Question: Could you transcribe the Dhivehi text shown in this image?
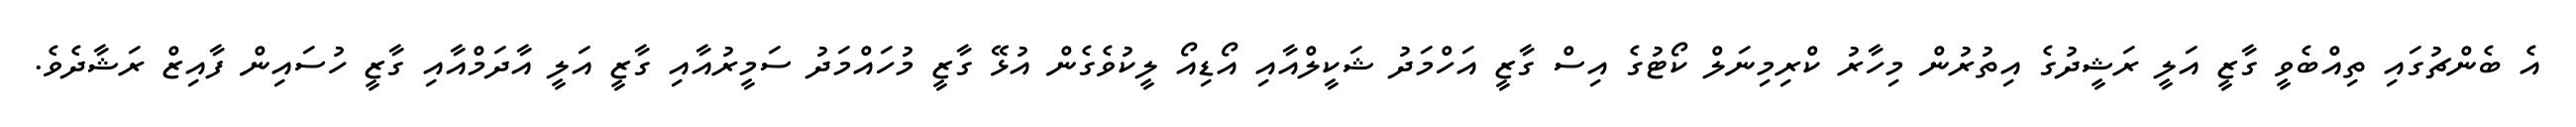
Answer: އެ ބެންޗުގައި ތިއްބެވީ ގާޒީ އަލީ ރަޝީދުގެ އިތުރުން މިހާރު ކްރިމިނަލް ކޯޓުގެ އިސް ގާޒީ އަހްމަދު ޝަކީލްއާއި އޯޑިއޯ ލީކުވެގެން އުޅޭ ގާޒީ މުހައްމަދު ސަމީރުއާއި ގާޒީ އަލީ އާދަމްއާއި ގާޒީ ހުސައިން ފާއިޒް ރަޝާދެވެ.